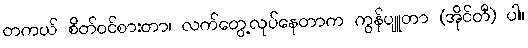
တကယ် စိတ်၀င်စားတာ၊ လက်တွေ့လုပ်နေတာက ကွန်ပျူတာ (အိုင်တီ) ပါ။